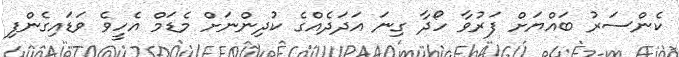
ކެންސަރު ބައްޔަށް ފަރުވާ ހޯދާ ގިނަ އަދަދެއްގެ ކުދިންނަށް މެޑަމް އެހީވެ ވަޑައިގެންފި